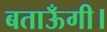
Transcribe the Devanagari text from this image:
बताऊँगी।